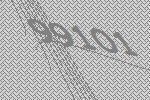
99101